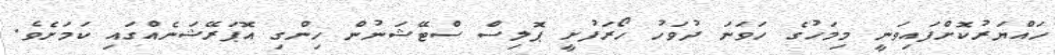
ހައްޔަރުކޮށްފައިވަނީ މިމަހުގެ ހަވަނަ ދުވަހު ހޯރަފުށީ ޕޮލިސް ސްޓޭޝަނުން ހިންގި އޮޕަރޭޝަނެއްގައި ކަމަށެވެ.